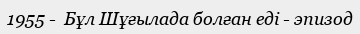
1955 -  Бұл Шұғылада болған еді - эпизод